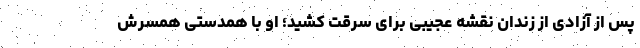
پس از آزادی از زندان نقشه عجیبی برای سرقت کشید؛ او با همدستی همسرش